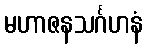
မဟာဇနသင်္ဂဟနံ